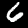
Label: 6